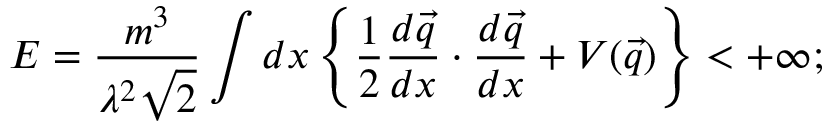
E = \frac { m ^ { 3 } } { \lambda ^ { 2 } \sqrt { 2 } } \int d x \left\{ \frac { 1 } { 2 } \frac { d \vec { q } } { d x } \cdot \frac { d \vec { q } } { d x } + V ( \vec { q } ) \right\} < + \infty ;